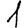
Digit: 1